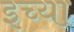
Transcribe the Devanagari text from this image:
इच्या